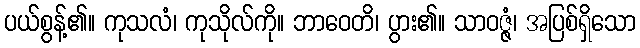
ပယ်စွန့်၏။ ကုသလံ၊ ကုသိုလ်ကို။ ဘာဝေတိ၊ ပွား၏။ သာဝဇ္ဇံ၊ အပြစ်ရှိသော